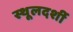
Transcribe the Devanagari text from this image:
स्थूलदर्शी